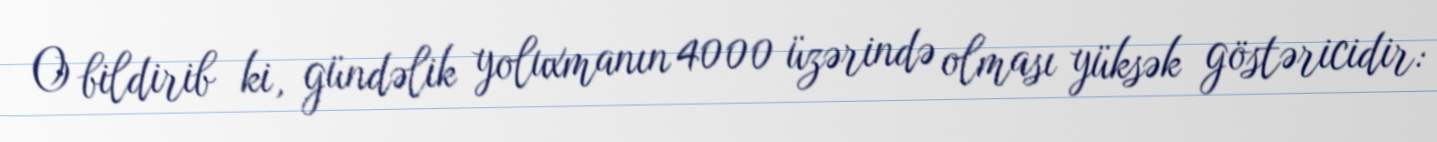
O bildirib ki, gündəlik yoluxmanın 4000 üzərində olması yüksək göstəricidir: